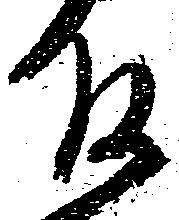
殿